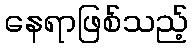
နေရာဖြစ်သည့်